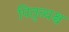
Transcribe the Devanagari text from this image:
पितृव्यश्च